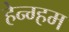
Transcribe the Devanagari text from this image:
हेन्ग्हम